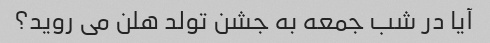
آیا در شب جمعه به جشن تولد هلن می روید؟